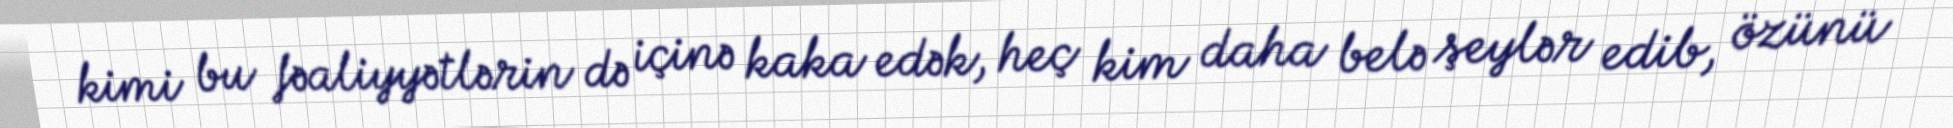
kimi bu fəaliyyətlərin də içinə kaka edək, heç kim daha belə şeylər edib, özünü